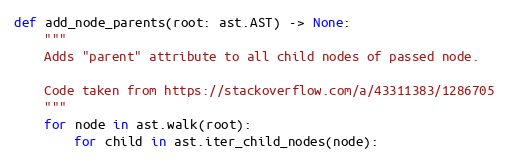
Language: Python
def add_node_parents(root: ast.AST) -> None:
    """
    Adds "parent" attribute to all child nodes of passed node.

    Code taken from https://stackoverflow.com/a/43311383/1286705
    """
    for node in ast.walk(root):
        for child in ast.iter_child_nodes(node):